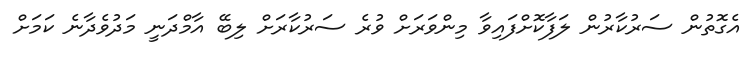
އެގޮތުން ސަރުކާރުން ލަފާކޮށްފައިވާ މިންވަރަށް ވުރެ ސަރުކާރަށް ލިބޭ އާމްދަނީ މަދުވެދާނެ ކަމަށް